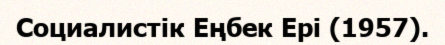
Социалистiк Еңбек Ері (1957).